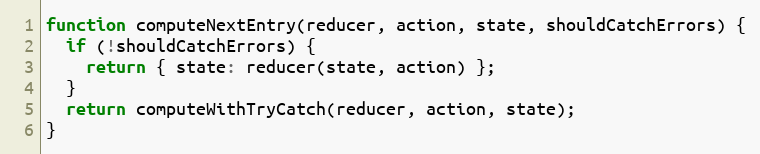
Language: JavaScript
function computeNextEntry(reducer, action, state, shouldCatchErrors) {
  if (!shouldCatchErrors) {
    return { state: reducer(state, action) };
  }
  return computeWithTryCatch(reducer, action, state);
}